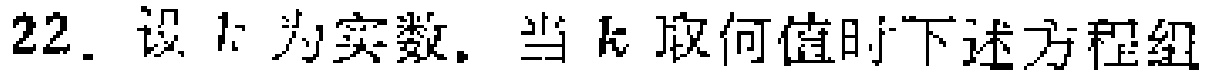
22. 设 \(k\) 为实数. 当 \(k\) 取何值时下述方程组